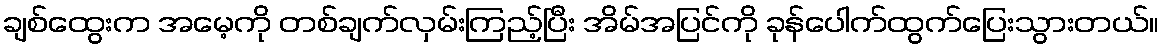
ချစ်ထွေးက အမေ့ကို တစ်ချက်လှမ်းကြည့်ပြီး အိမ်အပြင်ကို ခုန်ပေါက်ထွက်ပြေးသွားတယ်။